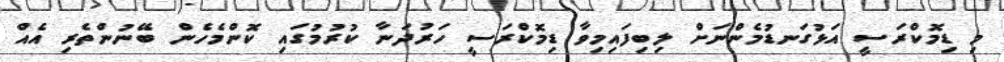
މި ޑިމޮކްރަސީ އަޅުގަނޑުމެންނަށް ލިބިފައިމިވާ ޑިމޮކްރަސީ ހަރުދަނާ ކުރުމުގައި ކޮންމެހެން ބޭނުންތެރި އެއް